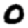
Digit: 0